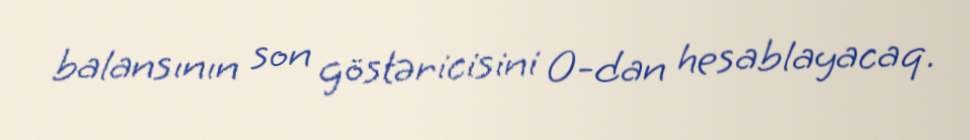
balansının son göstəricisini 0-dan hesablayacaq.